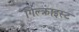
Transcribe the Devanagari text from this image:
गिल्क्राइस्ट